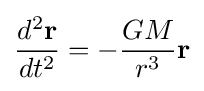
{d^{2}\mathbf {r}  \over dt^{2}}=-{GM \over r^{3}}\mathbf {r}